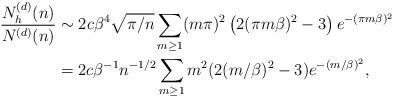
LaTeX: \begin{align*}\frac{N_h^{(d)}(n)}{N^{(d)}(n)} &\sim 2c\beta^4\sqrt{\pi/n} \sum_{m \geq 1} (m\pi)^2 \left(2(\pi m\beta)^2-3 \right) e^{-(\pi m\beta)^2} \\&= 2c\beta^{-1} n^{-1/2} \sum_{m \geq 1} m^2(2(m/\beta)^2 - 3) e^{-(m/\beta)^2},\end{align*}